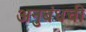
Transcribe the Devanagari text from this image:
अनुबंधची